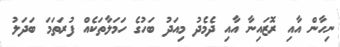
ނިހާން އާއި ރޮޒައިނާ އާއި ދެމެދު މިއަދު ބަހުގެ ހަމަލާތަކެއް ފުރަތަމަ ބަދަލު